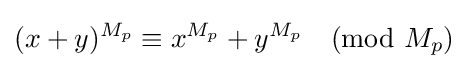
(x+y)^{M_{p}}\equiv x^{M_{p}}+y^{M_{p}}{\pmod {M_{p}}}